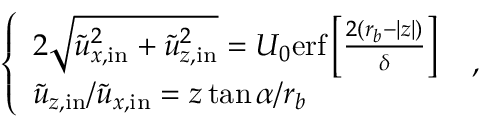
\left\{ \begin{array} { l l } { 2 \sqrt { \Tilde { u } _ { x , \mathrm { i n } } ^ { 2 } + \Tilde { u } _ { z , \mathrm { i n } } ^ { 2 } } = U _ { 0 } \mathrm { e r f } \left[ \frac { 2 ( r _ { b } - | z | ) } { \delta } \right] } \\ { \Tilde { u } _ { z , \mathrm { i n } } / \Tilde { u } _ { x , \mathrm { i n } } = z \tan { \alpha } / r _ { b } } \end{array} \right. \ ,